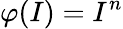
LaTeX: \varphi(I)=I^{n}